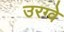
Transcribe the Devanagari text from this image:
उरग्वे